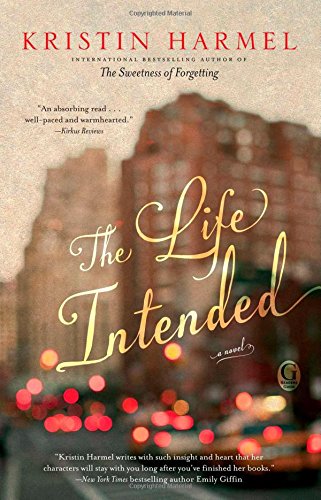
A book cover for The Life Intended; Kristin Harmel; Parenting & Relationships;